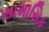
સામાસિક